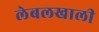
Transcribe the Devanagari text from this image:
लेबलखाली